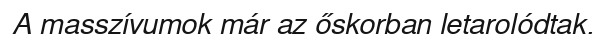
A masszívumok már az őskorban letarolódtak.